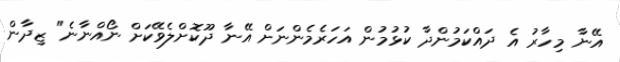
އޭނާ މިހާރު އެ ދައްކަމުންދާ ކުޅުމުން އަހަރެމެންނަށް އޭނާ ދޫކޮށްލެވޭކަށް ނޯއްނާނެ" ޒިދާން